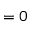
= 0